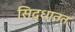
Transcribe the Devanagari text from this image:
सिद्धातत